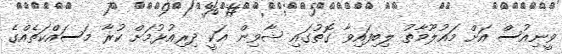
ވީނިއުސް އަށް މައުލޫމާތު ލިބިފައިވާ ގޮތުގައި ޝާވިން އަކީ ދިރިއުޅުމަށް ކުރާ މަސައްކަތެއްގެ